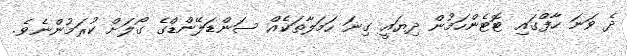
ދެ ވަނަ ހާފްގައި ޓޮޓެންހަމުން ދިޔައީ ގިނަ ހަމަލާތަކެއް ސަންޑަލޭންޑްގެ ގޯލަށް ކުރަމުންނެވެ.